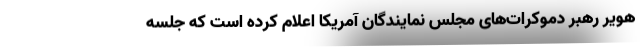
هویر رهبر دموکرات‌های مجلس نمایندگان آمریکا اعلام کرده است که جلسه